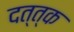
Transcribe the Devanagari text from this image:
दत्त्क